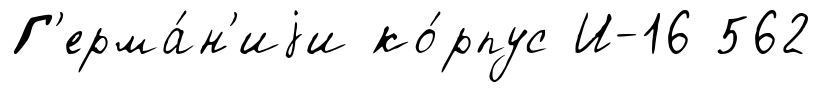
Г'ерма́н'иjи ко́рпус И-16 562